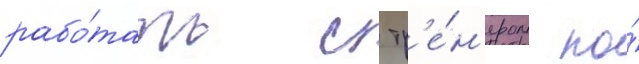
рабо́тать с тр'е́н'ером по́